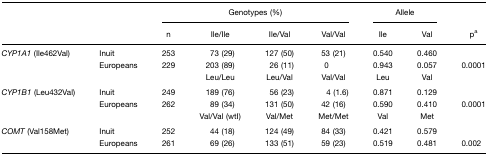
|  |  | <COLSPAN=4> Genotypes (%) | <COLSPAN=2> Allele |  |
 |  |  | n | Ile/Ile | Ile/Val | Val/Val | Ile | Val | pa |
 | --- | --- | --- | --- | --- | --- | --- | --- | --- |
 | CYP1A1 (Ile462Val) | Inuit | 253 | 73 (29) | 127 (50) | 53 (21) | 0.540 | 0.460 |  |
 |  | Europeans | 229 | 203 (89) | 26 (11) | 0 | 0.943 | 0.057 | 0.0001 |
 |  |  |  | Leu/Leu | Leu/Val | Val/Val | Leu | Val |  |
 | CYP1B1 (Leu432Val) | Inuit | 249 | 189 (76) | 56 (23) | 4 (1.6) | 0.871 | 0.129 |  |
 |  | Europeans | 262 | 89 (34) | 131 (50) | 42 (16) | 0.590 | 0.410 | 0.0001 |
 |  |  |  | Val/Val (wtI) | Val/Met | Met/Met | Val | Met |  |
 | COMT (Val158Met) | Inuit | 252 | 44 (18) | 124 (49) | 84 (33) | 0.421 | 0.579 |  |
 |  | Europeans | 261 | 69 (26) | 133 (51) | 59 (23) | 0.519 | 0.481 | 0.002 |